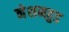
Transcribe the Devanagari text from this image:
नेशनहुड